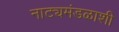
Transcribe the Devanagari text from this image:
नाट्यमंडळाशी